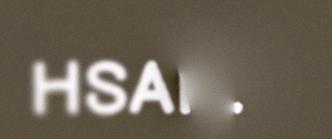
HSAN.